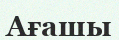
Ағашы